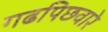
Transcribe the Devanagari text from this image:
गढपिछवारे